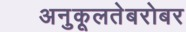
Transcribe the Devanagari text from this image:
अनुकूलतेबरोबर